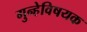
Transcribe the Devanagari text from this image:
गुन्हेविषयक